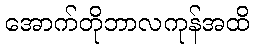
အောက်တိုဘာလကုန်အထိ